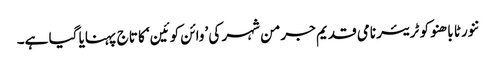
ننورٹا باھنو کو ٹریئر نامی قدیم جرمن شہر کی ’وائن کوئین‘ کا تاج پہنایا گیا ہے۔